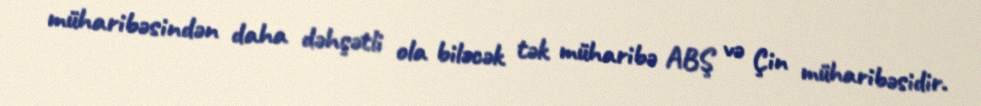
müharibəsindən daha dəhşətli ola biləcək tək müharibə ABŞ və Çin müharibəsidir.